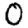
Digit: 0